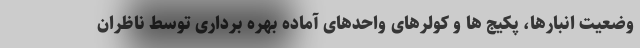
وضعیت انبارها، پکیج ها و کولرهای واحدهای آماده بهره برداری توسط ناظران